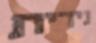
נירית